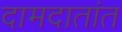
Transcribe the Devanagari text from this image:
दामदातांत